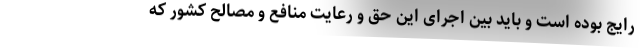
رایج بوده است و باید بین اجرای این حق و رعایت منافع و مصالح کشور که